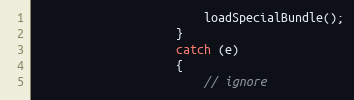
Language: JavaScript
				   		loadSpecialBundle();
				  	}
				  	catch (e)
				  	{
				  		// ignore